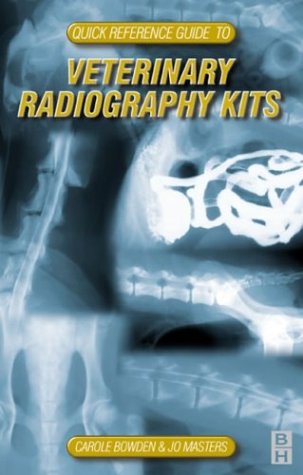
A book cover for Quick Reference Guide to Veterinary Radiography Kits, 1e (Practical Veterinary Procedures); Carole Browne Dip AVN(Surgical)  RVN; Medical Books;